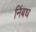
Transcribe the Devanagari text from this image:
निंबध